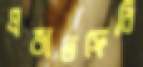
প্রভাতফেরি